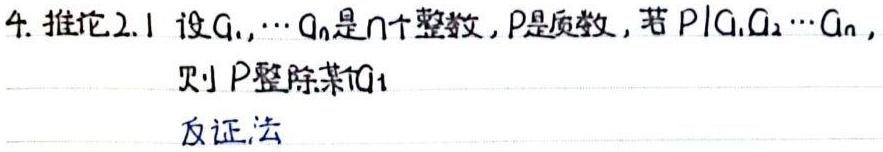
4. 推论2.1 设$a_1,\cdots,a_n$是$n$个整数，$p$是质数，若$p\mid a_1a_2\cdots a_n$，则$p$整除某个$a_i$。

反证法